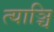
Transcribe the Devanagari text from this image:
त्याञ्चि